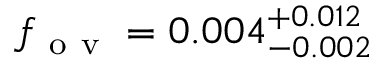
f _ { \mathrm { ~ o ~ v ~ } } = 0 . 0 0 4 _ { - 0 . 0 0 2 } ^ { + 0 . 0 1 2 }